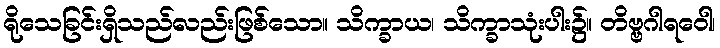
ရိုသေခြင်းရှိသည်လည်းဖြစ်သော။ သိက္ခာယ၊ သိက္ခာသုံးပါး၌။ တိဗ္ဗဂါရဝေါ၊